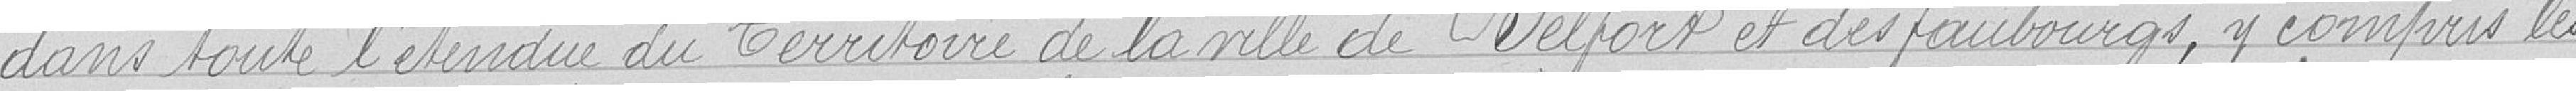
dans toute l'étendue du Territoire de la ville de Belfort et des faubourgs, y compris les